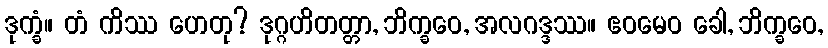
ဒုက္ခံ။ တံ ကိဿ ဟေတု? ဒုဂ္ဂဟိတတ္တာ, ဘိက္ခဝေ, အလဂဒ္ဒဿ။ ဧဝမေဝ ခေါ, ဘိက္ခဝေ,